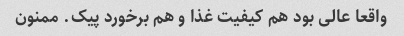
واقعا عالی بود هم کیفیت غذا و هم برخورد پیک. ممنون